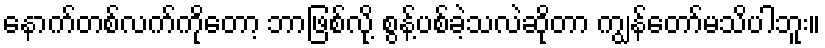
နောက်တစ်လက်ကိုတော့ ဘာဖြစ်လို့ စွန့်ပစ်ခဲ့သလဲဆိုတာ ကျွန်တော်မသိပါဘူး။